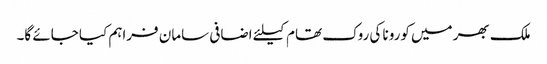
ملک بھر میں کورونا کی روک تھام کیلئے اضافی سامان فراہم کیا جائے گا۔